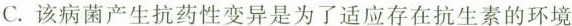
C.该病菌产生抗药性变异是为了适应存在抗生素的环境